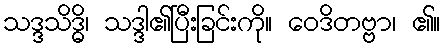
သဒ္ဒသိဒ္ဓိ၊ သဒ္ဒါ၏ပြီးခြင်းကို။ ဝေဒိတဗ္ဗာ၊ ၏။